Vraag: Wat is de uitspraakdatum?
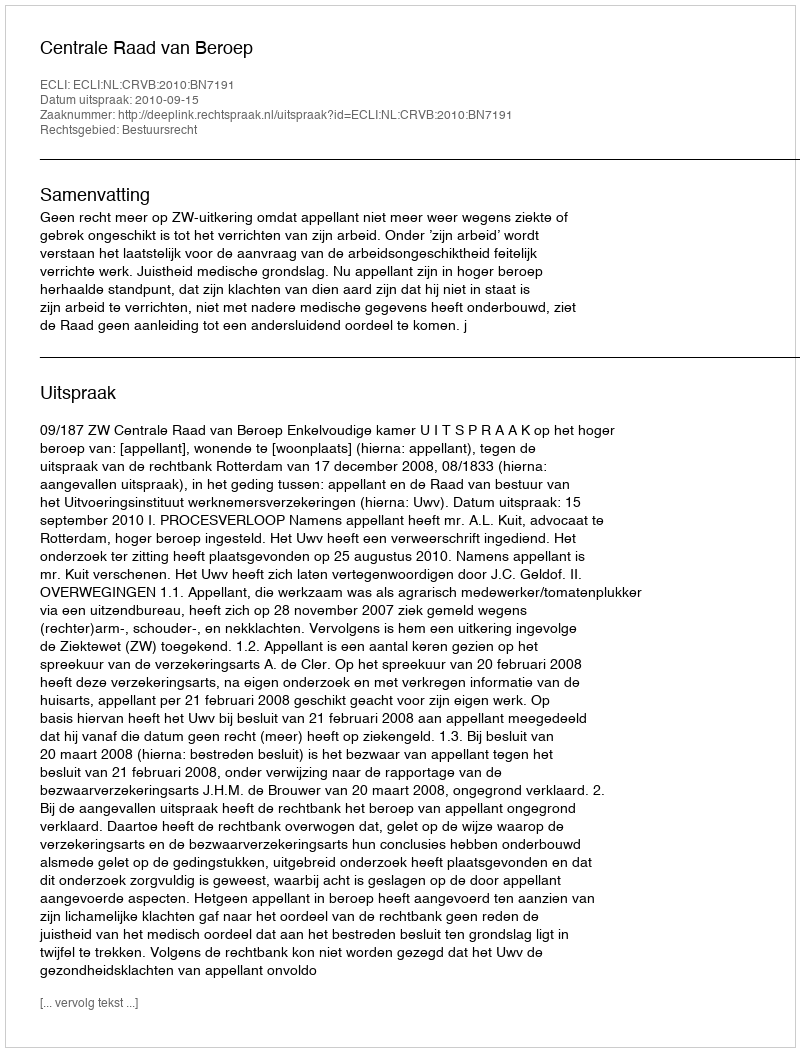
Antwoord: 2010-09-15